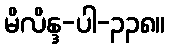
မိလိန္ဒ-ပါ-၃၃၈။